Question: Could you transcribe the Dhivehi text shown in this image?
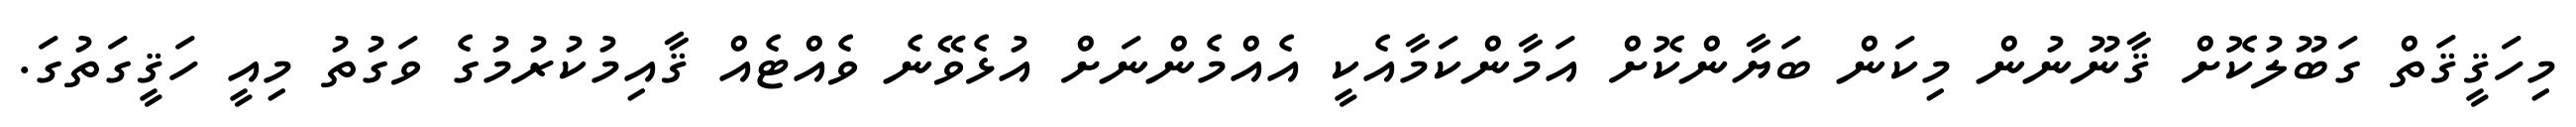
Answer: މިހަޤީޤަތް ގަބޫލުކޮށް ޤާނޫނުން މިކަން ބަޔާންކޮށް އަމާންކަމާއެކީ އެއްމެންނަށް އުޅެވޭނެ ވެއްޓެއް ޤާއިމުކުރުމުގެ ވަގުތު މިއީ ހަޤީގަތުގަ.